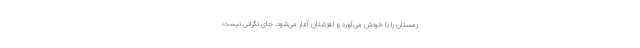
زمستان را با خودش می‌آورد و لغزشتان آغاز می‌شود. جای نگرانی نیست.